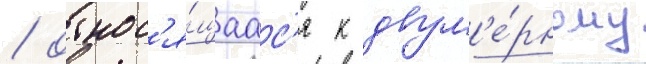
/ относ'я́щаас'я к двум'е́рному